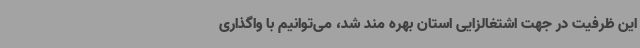
این ظرفیت در جهت اشتغالزایی استان بهره مند شد، می‌توانیم با واگذاری